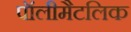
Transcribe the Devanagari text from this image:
पॉलीमैटलिक